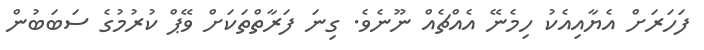
ފަހަރަށް އެޔާއިއެކު ހިމެނޭ އެއްޗެއް ނޫނެވެ. ގިނަ ފަރާތްތަކަށް ވޭޕް ކުރުމުގެ ސަބަބުން